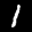
Label: 1